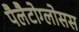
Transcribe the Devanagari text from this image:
पैलैटोग्लोसस